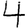
Digit: 4